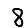
Digit: 8